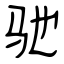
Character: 驰